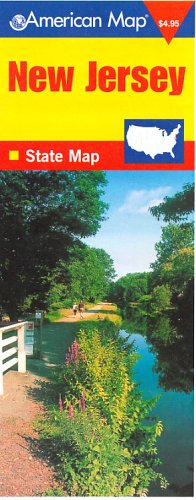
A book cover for New Jersey State Map (Travel Vision); American Map Corporation; Travel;